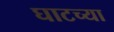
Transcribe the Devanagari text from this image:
घाटच्या